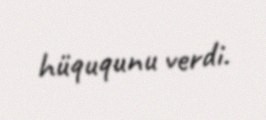
hüququnu verdi.